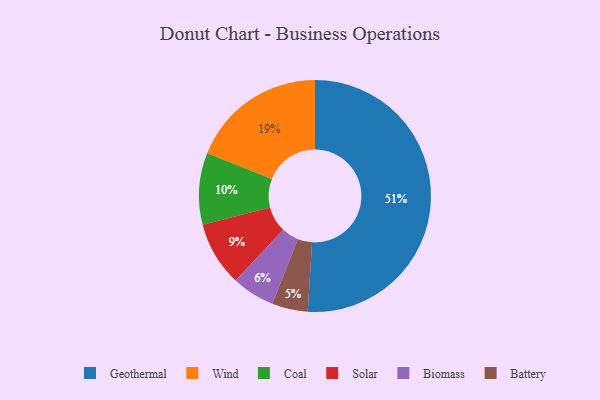
{"axis": {"x": "Category", "y": "Percentage"}, "legend": ["Battery", "Biomass", "Coal", "Geothermal", "Solar", "Wind"], "data": [{"x": "Coal", "y": 10, "type": "Coal"}, {"x": "Solar", "y": 9, "type": "Solar"}, {"x": "Geothermal", "y": 51, "type": "Geothermal"}, {"x": "Battery", "y": 5, "type": "Battery"}, {"x": "Wind", "y": 19, "type": "Wind"}, {"x": "Biomass", "y": 6, "type": "Biomass"}]}